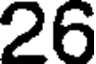
26